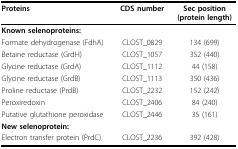
| Proteins | CDS number | Sec position(protein length) |
 | --- | --- | --- |
 | Known selenoproteins: |  |  |
 | Formate dehydrogenase (FdhA) | CLOST_0829 | 134 (699) |
 | Betaine reductase (GrdH) | CLOST_1057 | 352 (440) |
 | Glycine reductase (GrdA) | CLOST_1112 | 44 (158) |
 | Glycine reductase (GrdB) | CLOST_1113 | 350 (436) |
 | Proline reductase (PrdB) | CLOST_2232 | 152 (242) |
 | Peroxiredoxin | CLOST_2406 | 84 (240) |
 | Putative glutathione peroxidase | CLOST_2446 | 35 (161) |
 | New selenoprotein: |  |  |
 | Electron transfer protein (PrdC) | CLOST_2236 | 392 (428) |